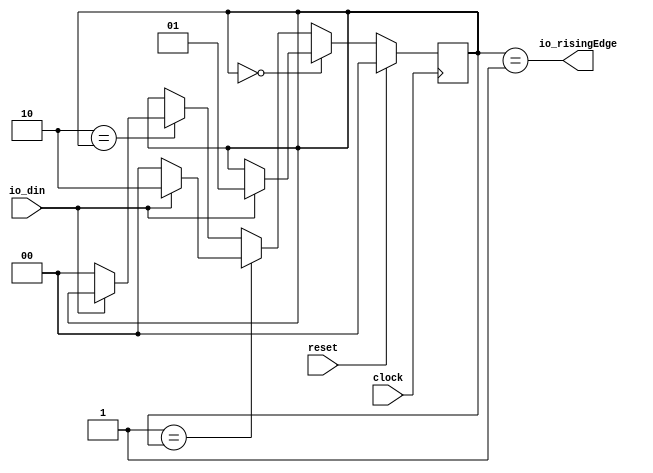
module RisingMooreFsm(
  input   clock,
  input   reset,
  input   io_din,
  output  io_risingEdge
);
`ifdef RANDOMIZE_REG_INIT
  reg [31:0] _RAND_0;
`endif // RANDOMIZE_REG_INIT
  reg [1:0] stateReg; // @[RisingMooreFsm.scala 17:27]
  wire  _T = 2'h0 == stateReg; // @[Conditional.scala 37:30]
  wire  _T_1 = 2'h1 == stateReg; // @[Conditional.scala 37:30]
  wire  _T_2 = 2'h2 == stateReg; // @[Conditional.scala 37:30]
  wire [1:0] _GEN_2 = ~io_din ? 2'h0 : stateReg; // @[RisingMooreFsm.scala 34:26 RisingMooreFsm.scala 35:26 RisingMooreFsm.scala 17:27]
  assign io_risingEdge = stateReg == 2'h1; // @[RisingMooreFsm.scala 41:31]
  always @(posedge clock) begin
    if (reset) begin // @[RisingMooreFsm.scala 17:27]
      stateReg <= 2'h0; // @[RisingMooreFsm.scala 17:27]
    end else if (_T) begin // @[Conditional.scala 40:58]
      if (io_din) begin // @[RisingMooreFsm.scala 22:25]
        stateReg <= 2'h1; // @[RisingMooreFsm.scala 23:26]
      end
    end else if (_T_1) begin // @[Conditional.scala 39:67]
      if (io_din) begin // @[RisingMooreFsm.scala 27:25]
        stateReg <= 2'h2; // @[RisingMooreFsm.scala 28:26]
      end else begin
        stateReg <= 2'h0; // @[RisingMooreFsm.scala 30:26]
      end
    end else if (_T_2) begin // @[Conditional.scala 39:67]
      stateReg <= _GEN_2;
    end
  end
// Register and memory initialization
`ifdef RANDOMIZE_GARBAGE_ASSIGN
`define RANDOMIZE
`endif
`ifdef RANDOMIZE_INVALID_ASSIGN
`define RANDOMIZE
`endif
`ifdef RANDOMIZE_REG_INIT
`define RANDOMIZE
`endif
`ifdef RANDOMIZE_MEM_INIT
`define RANDOMIZE
`endif
`ifndef RANDOM
`define RANDOM $random
`endif
`ifdef RANDOMIZE_MEM_INIT
  integer initvar;
`endif
`ifndef SYNTHESIS
`ifdef FIRRTL_BEFORE_INITIAL
`FIRRTL_BEFORE_INITIAL
`endif
initial begin
  `ifdef RANDOMIZE
    `ifdef INIT_RANDOM
      `INIT_RANDOM
    `endif
    `ifndef VERILATOR
      `ifdef RANDOMIZE_DELAY
        #`RANDOMIZE_DELAY begin end
      `else
        #0.002 begin end
      `endif
    `endif
`ifdef RANDOMIZE_REG_INIT
  _RAND_0 = {1{`RANDOM}};
  stateReg = _RAND_0[1:0];
`endif // RANDOMIZE_REG_INIT
  `endif // RANDOMIZE
end // initial
`ifdef FIRRTL_AFTER_INITIAL
`FIRRTL_AFTER_INITIAL
`endif
`endif // SYNTHESIS
endmodule